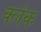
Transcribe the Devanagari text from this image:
र्क्लक